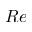
R e